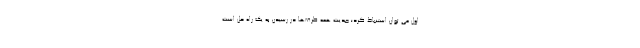
اول می توان استنباط کرد؛ جدیت همه طرف‌ها در رسیدن به یک راه حل است.